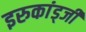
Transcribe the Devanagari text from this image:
इरुकांड्जी